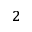
_ { 2 }